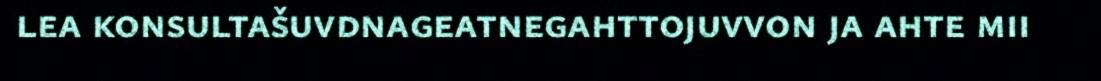
lea konsultašuvdnageatnegahttojuvvon ja ahte mii